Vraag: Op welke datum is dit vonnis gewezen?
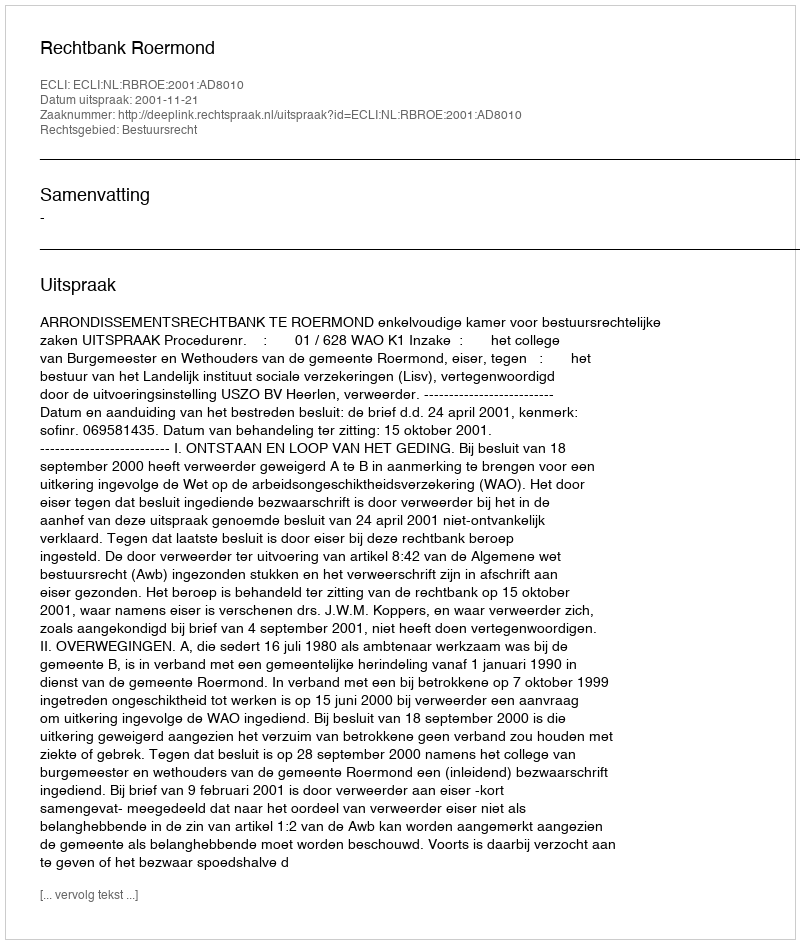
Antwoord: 2001-11-21